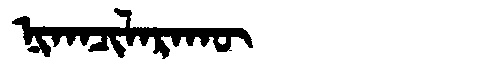
Manchu: ᠨᡳᡴᠠᠴᡳᠯᠠᡵᠠᡴᡡ
Romanization: NIKACILARAKŪ